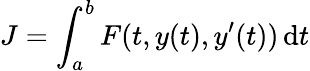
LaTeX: J=\int_{a}^{b}F(t,y(t),y^{\prime}(t))\, \mathrm{d}t